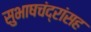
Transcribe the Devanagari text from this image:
सुभाषचंद्रांसह